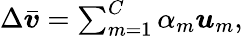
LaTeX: \begin{array}{r}{\Delta\bar{\boldsymbol{v}}=\sum_{m=1}^{C}\alpha_{m}\boldsymbol{u}_{m},}\end{array}